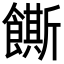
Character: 𬲛